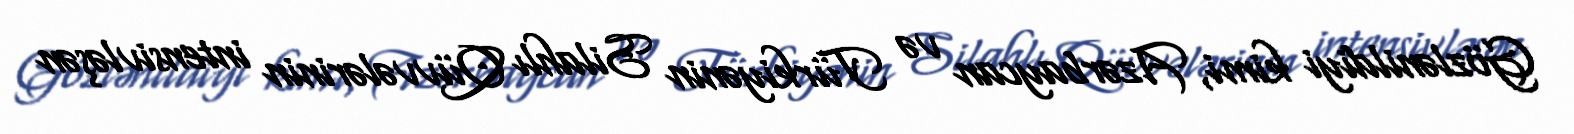
Gözlənildiyi kimi, Azərbaycan və Türkiyənin Silahlı Qüvvələrinin intensivləşən